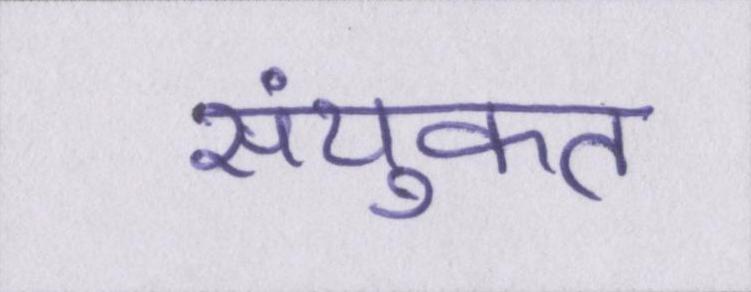
संयुक्त